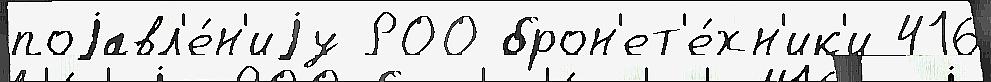
поjавл'е́н'иjу РОО брон'ет'е́хн'ик'и 416